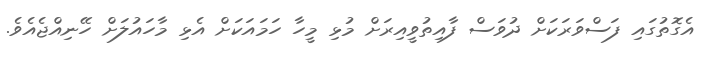
އެގޮތުގައި ފަސްވަރަކަށް ދުވަސް ފާއިތުވީއިރަށް މުޅި މީހާ ހަމައަކަށް އެޅި މާހައުލަށް ހޭނިއްޖެއެވެ.